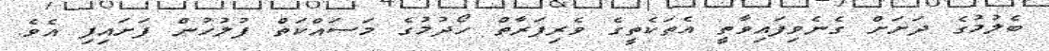
ބެލުމުގެ ދަށަށް ގެނެވިފައިވާތީ އެތަކެތީގެ ވެރިފަރާތް ހޯދުމުގެ މަސައްކަތް ފުލުހުން ފަށައިފި އެވެ.